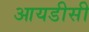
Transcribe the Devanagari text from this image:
आयडीसी